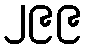
၂၉၉